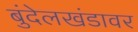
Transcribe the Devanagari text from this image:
बुंदेलखंडावर